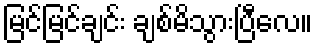
မြင်မြင်ချင်း ချစ်မိသွားပြီလေ။